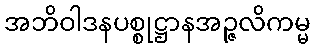
အဘိဝါဒနပစ္စုဋ္ဌာနအဉ္ဇလိကမ္မ